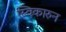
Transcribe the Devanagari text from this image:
स्विकारुन